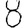
Digit: 8